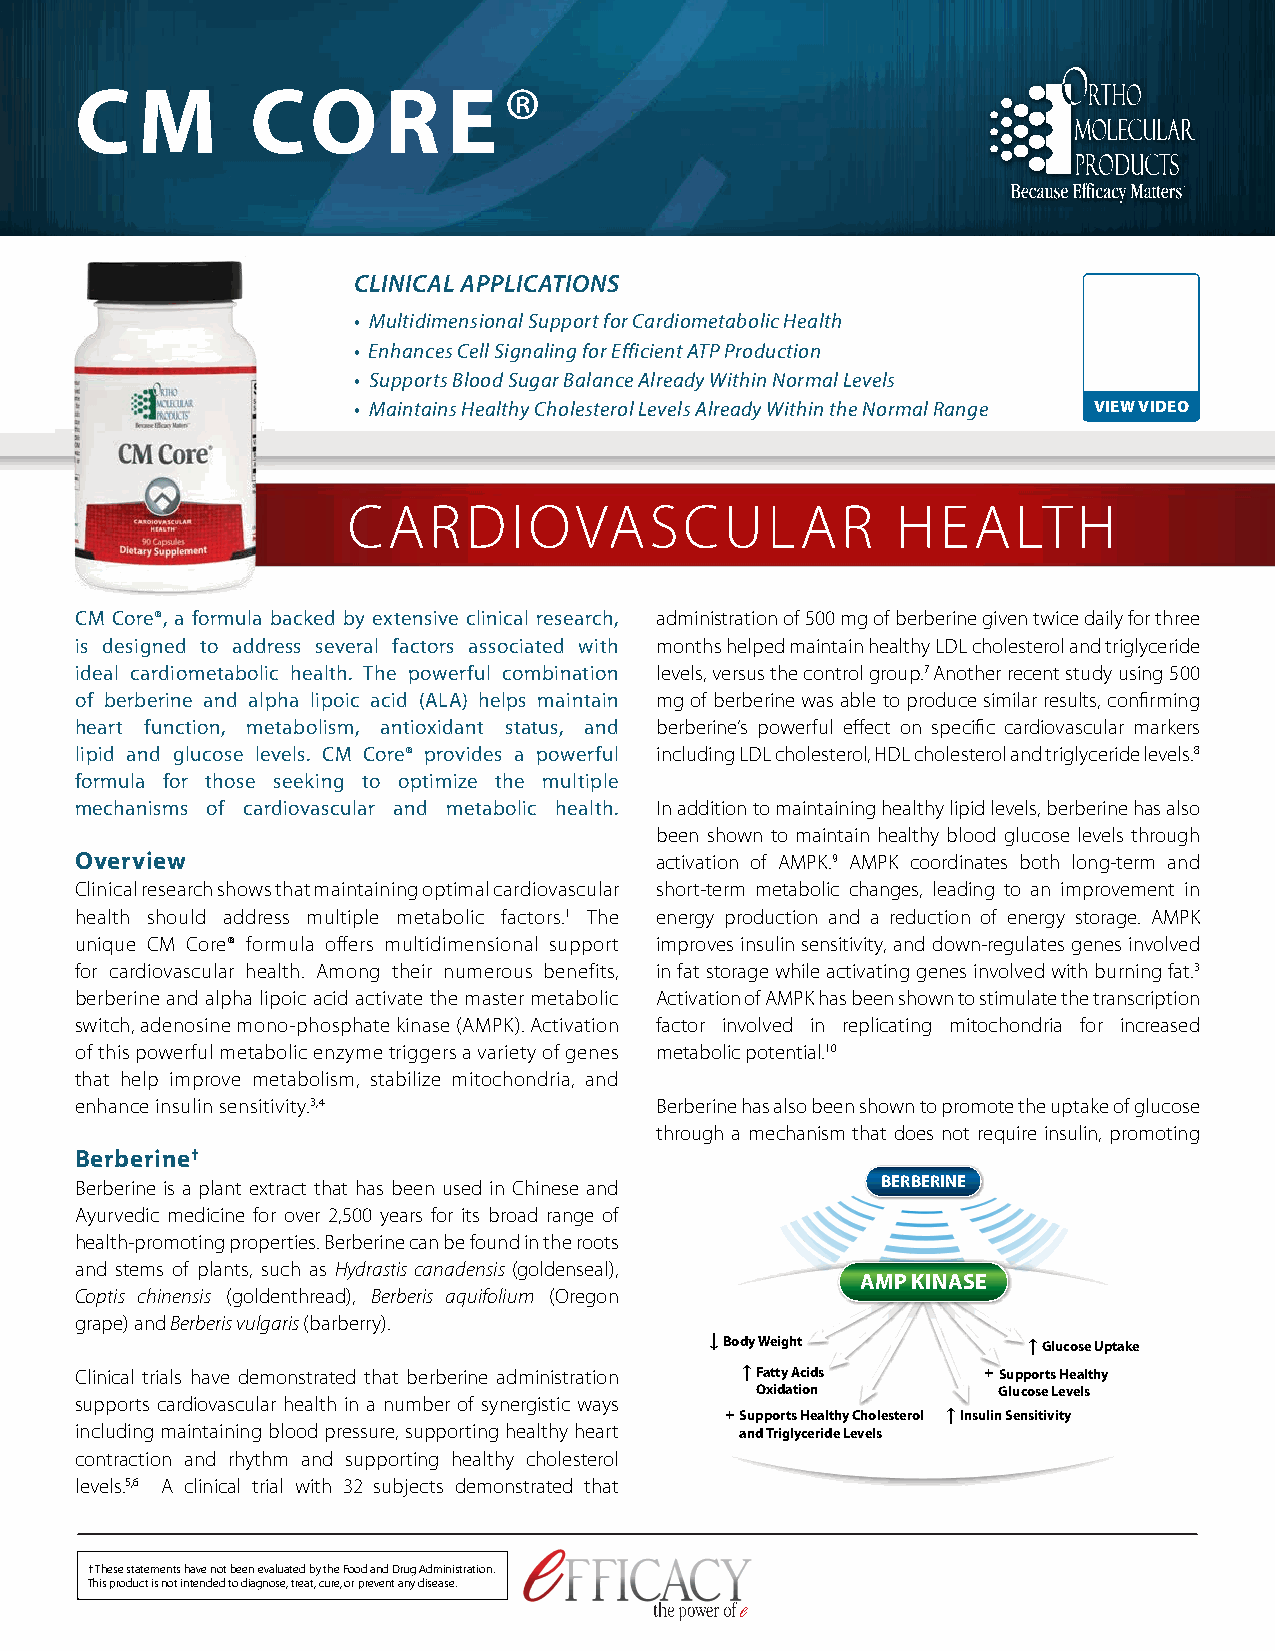
C   M       CO      R    E®
 CLINICAL APPLICATIONS
 • Multidimensional Support for Cardiometabolic Health
 • Enhances Cell Signaling for Efficient ATP Production
 • Supports Blood Sugar Balance Already Within Normal Levels
 • Maintains Healthy Cholesterol Levels Already Within the Normal Range VIEW VIDEO
 CARDIOVASCULAR                      HEALTH
 CM Core®, a formula backed by extensive clinical research, administration of 500 mg of berberine given twice daily for three
 is designed to address several factors associated with months helped maintain healthy LDL cholesterol and triglyceride
 ideal cardiometabolic health. The powerful combination levels, versus the control group.7 Another recent study using 500
 of berberine and alpha lipoic acid (ALA) helps maintain mg of berberine was able to produce similar results, confirming
 heart function, metabolism, antioxidant status, and berberine’s powerful effect on specific cardiovascular markers
 lipid and glucose levels. CM Core® provides a powerful including LDL cholesterol, HDL cholesterol and triglyceride levels.8
 formula for those seeking to optimize the multiple
 mechanisms of cardiovascular and metabolic health. In addition to maintaining healthy lipid levels, berberine has also
 been shown to maintain healthy blood glucose levels through
 Overview                              activation of AMPK.9 AMPK coordinates both long-term and
 Clinical research shows that maintaining optimal cardiovascular short-term metabolic changes, leading to an improvement in
 health should address multiple metabolic factors.1 The energy production and a reduction of energy storage. AMPK
 unique CM Core® formula offers multidimensional support improves insulin sensitivity, and down-regulates genes involved
 for cardiovascular health. Among their numerous benefits, in fat storage while activating genes involved with burning fat.3
 berberine and alpha lipoic acid activate the master metabolic Activation of AMPK has been shown to stimulate the transcription
 switch, adenosine mono-phosphate kinase (AMPK). Activation factor involved in replicating mitochondria for increased
 of this powerful metabolic enzyme triggers a variety of genes metabolic potential.10
 that help improve metabolism, stabilize mitochondria, and
 enhance insulin sensitivity.3,4       Berberine has also been shown to promote the uptake of glucose
 through a mechanism that does not require insulin, promoting
 Berberine†
 Berberine is a plant extract that has been used in Chinese and BERBERINE
 Ayurvedic medicine for over 2,500 years for its broad range of
 health-promoting properties. Berberine can be found in the roots
 and stems of plants, such as Hydrastis canadensis (goldenseal),
 AMP KINASE
 Coptis chinensis (goldenthread), Berberis aquifolium (Oregon
 grape) and Berberis vulgaris (barberry).
 ↓ Body Weight        ↑ Glucose Uptake
 Clinical trials have demonstrated that berberine administration ↑ Fatty Acids + Supports Healthy
 Oxidation       Glucose Levels
 supports cardiovascular health in a number of synergistic ways
 + Supports Healthy Cholesterol ↑ Insulin Sensitivity
 including maintaining blood pressure, supporting healthy heart and Triglyceride Levels
 contraction and rhythm and supporting healthy cholesterol
 levels.5,6 A clinical trial with 32 subjects demonstrated that
 † These statements have not been evaluated by the Food and Drug Administration.
 This product is not intended to diagnose, treat, cure, or prevent any disease.